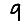
Digit: 9